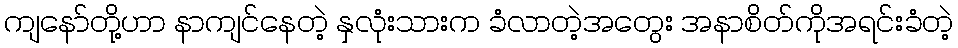
ကျနော်တို့ဟာ နာကျင်နေတဲ့ နှလုံးသားက ခံလာတဲ့အတွေး အနာစိတ်ကိုအရင်းခံတဲ့